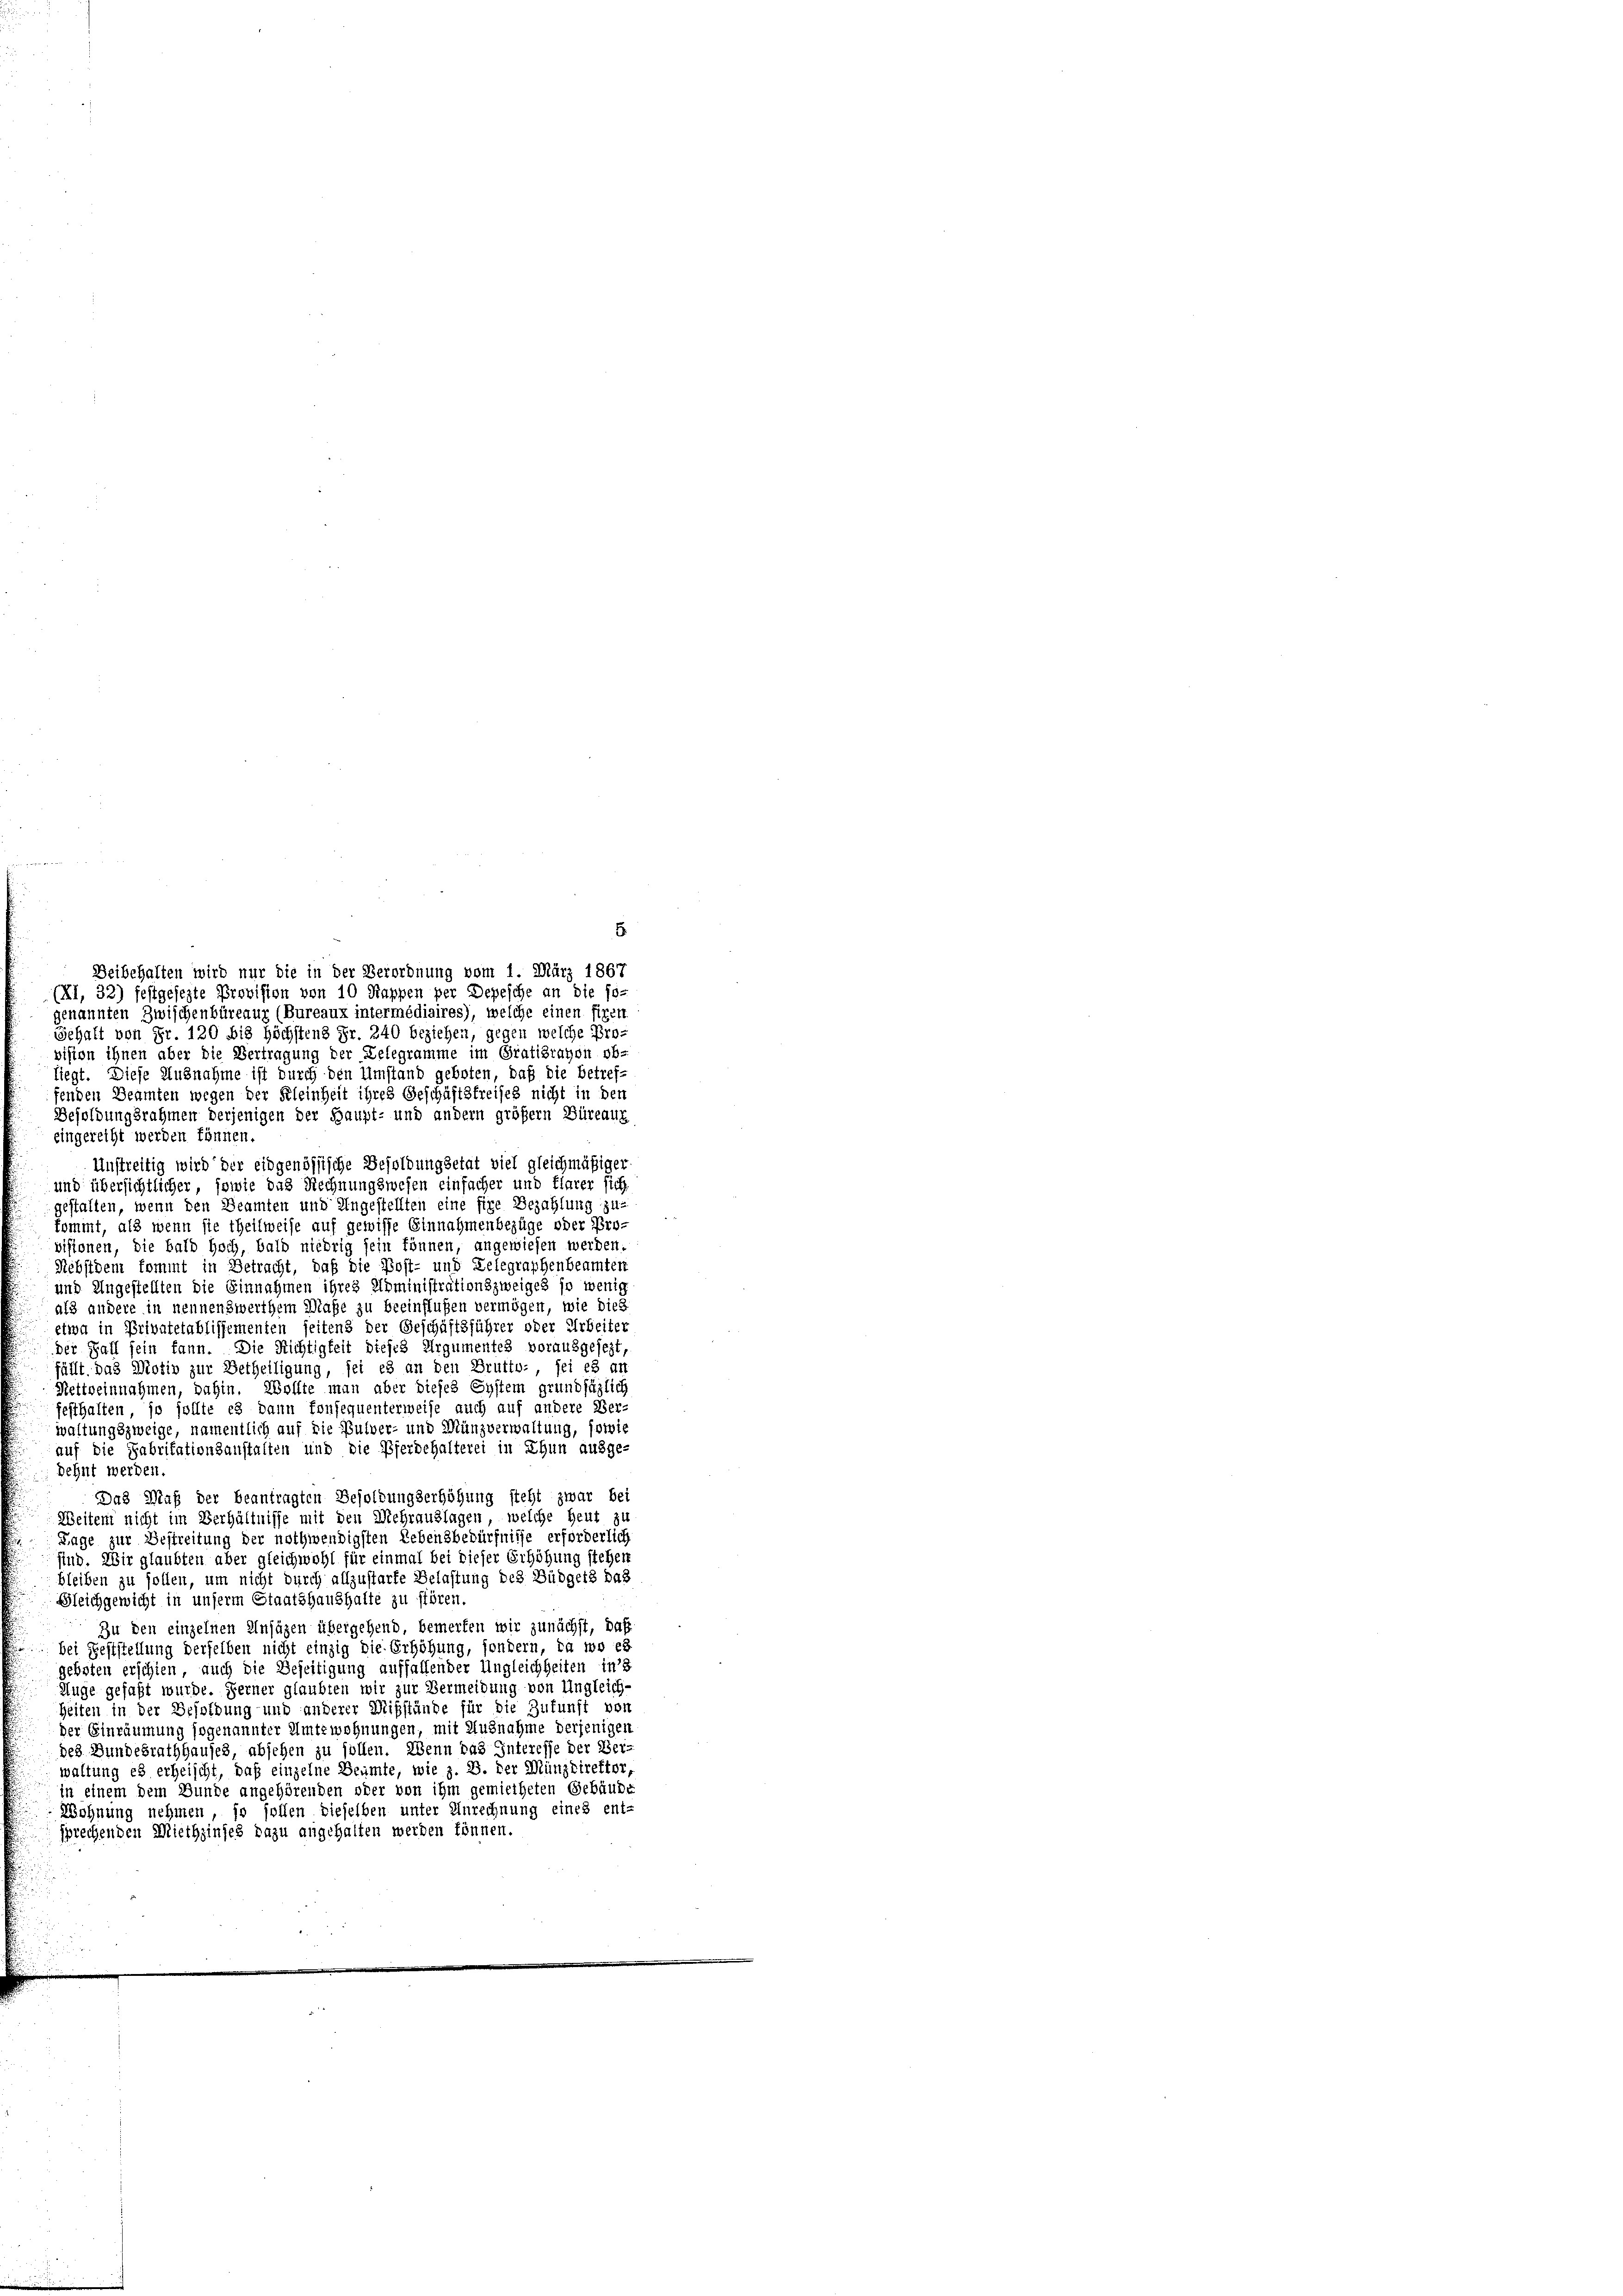
auf die Fabritationsanstalten und die Pferdehalterei in Thun ausgedehnt werden.
Das Maß der beantragten Besoldungserhöhung steht zwar bei
Weitem nicht im Verhältnisse mit den Mehrauslagen, welche heut zu
Tage zur Bestreitung der nothwendigsten Lebensbedürfniße erforderlich
sind. Wir glaubten aber gleichwohl für einmal bei dieser Erhöhung stehen
bleiben zu sollen, um nicht durch allzustarfe Belastung des Büdgets das
Gleichgewicht in unserm Staatshaushalte zu stören.
Zu den einzelnen Anfügen übergehend, bemerken wir zunächst, daß
bei Feststellung derselben nicht einzig die Erhöhung, sondern, da wo es
geboten erschien, auch die Beseitigung auffallender Ungleichheiten in’s
Auge gefaßt wurde. Ferner glaubten wir zur Vermeidung von Ungleich-
Zeiten in der Besoldung und anderer Mißstände für die Zukunft von
der Einräumung sogenannter Amtswohnungen, mit Ausnahme derjenigen
des Bundesrathhauses, absehen zu sollen. Wenn das Interesse der Bei-
waltung es erheischt, daß einzelne Beumte, wie z. B. der Münzdirektor
in einem dem Bunde angehörenden ober von ihm gemietheten Gebäude
Wohnung nehmen, so sollen dieselben unter Anrechnung eines ent-
sprechenden Miethzinses dazu angehalten werden können.

Beibehalten wird nur die in der Verordnung vom 1. März 1867
(XI, 32) festgesezte Provision von 10 Rappen per Depesche an die so-
genannten Zwischenbüreaux (Bureaux intermédiaires), welche einen figen
Gehalt von Fr. 120 bis höchstens Fr. 240 beziehen, gegen welche Provision ihnen aber die Vertragung der Delegramme im Gratibraten obliegt. Diese Ausnahme ist durch den Umstand geboten, daß die Betref-
fenden Beamten wegen der Kleinheit ihres Geschäftsfreises nicht in den
Besoldungsrahmen derjenigen der Haupt- und andern größern Büreauz
eingerecht werden können.
Unstreitig wird der eidgenössische Besoldungsetat viel gleichmäßiger
und übersichtlicher, sowie das Rechnungswesen einfacher und flarer sich
gestalten, wenn den Beamten und Ungestellten eine fixe Bezahlung zu-
kommt, als wenn sie theilweise auf gewisse Einnahmenbezüge oder Pro-
visionen, die bald hoch, bald niedrig sein können, angewiesen werden.
Nebstdem kommt in Betracht, daß die Post- und Telegraphenbeamten
und Ungestellten die Einnahmen ihres Administrationszweiges so wenig
als andere in nennenswerthem Maße zu beeinflußen vermögen, wie dies
etwa in Privatetablissementen seitens der Geschäftsführer oder Arbeiter
der Fall sein kann. Die Richtigkeit dieses Argumentes vorausgesezt,
fällt. Das Motiv zur Betheiligung, sei es an den Brutto, sei es an
Nettweinnahmen, dahin. Wollte man aber dieses System grundsätzlich
festhalten, so sollte es dann fonsequenterweise auch auf andere Ver-
waltungszweige, namentlich auf die Pulver- und Münzverwaltung, sowi